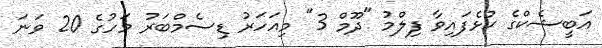
އަބީޝެކްގެ ކުޅެފައިވާ ފިލްމު "ދޫމް 3" މިއަހަރު ޑިސެމްބަރު މަހުގެ 20 ވަނަ